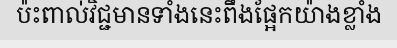
ប៉ះពាល់វិជ្ជមានទាំងនេះពឹងផ្អែកយ៉ាងខ្លាំង